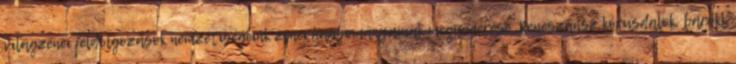
világzenei feldolgozások nemzetiségeink zenei hagyományainak megismerése. Reneszánsz kórusdalok, barokk